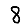
Digit: 8